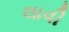
લાવી